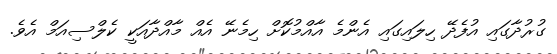
ގުރުދާގައި އުފެދޭ ހިލައިގައި އެންމެ އާއްމުކޮށް ހިމެނޭ އެއް މާއްދާއަކީ ކެލްސިއަމް އެވެ.